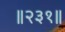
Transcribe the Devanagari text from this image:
॥२३१॥